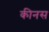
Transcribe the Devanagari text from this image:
कीनस